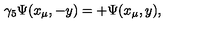
\gamma _ { 5 } \Psi ( x _ { \mu } , - y ) = + \Psi ( x _ { \mu } , y ) ,